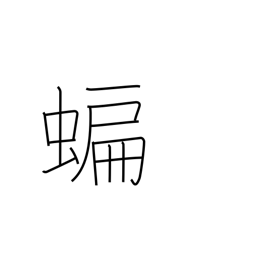
Meaning: bat